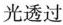
光透过